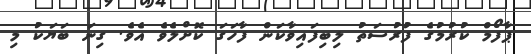
ޕާފޯމް ކުރުމުގެ ފުރުސަތު ލިބިފައިވާކަން ފާހަގަ ކޮށްލެވެ އެވެ. ގިނަ ބަޔަކު މި